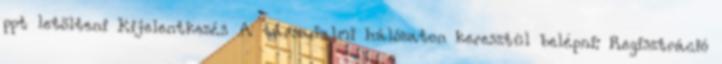
ppt letölteni Kijelentkezés A társadalmi hálózaton keresztül belépni: Regisztráció